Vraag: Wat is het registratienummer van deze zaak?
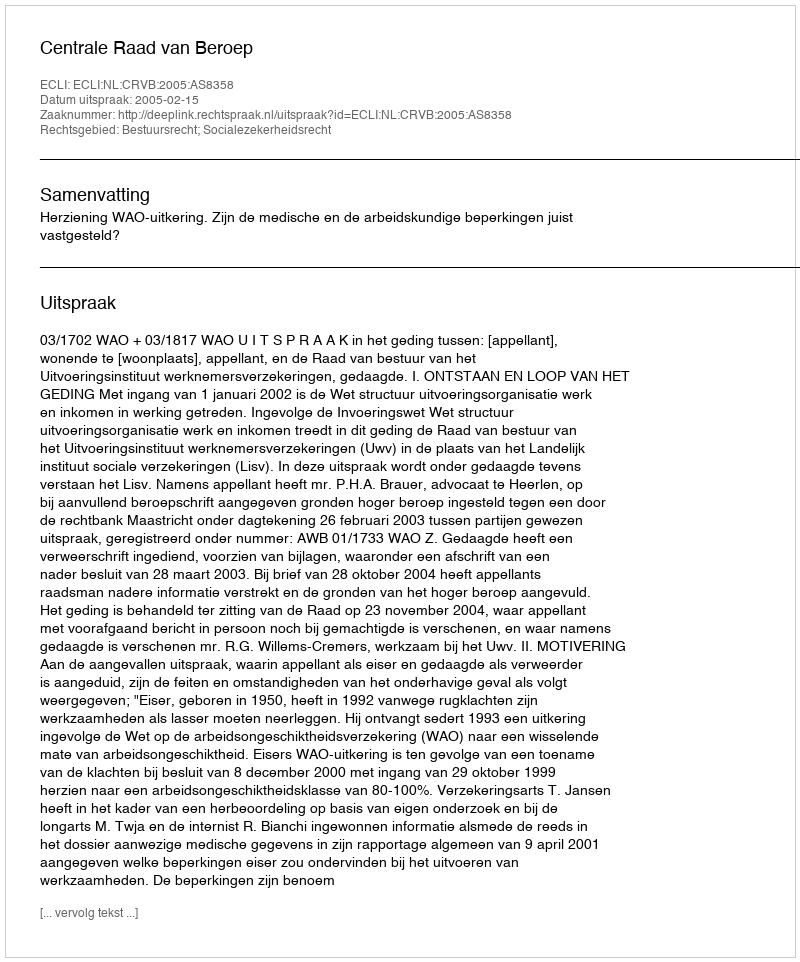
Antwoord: http://deeplink.rechtspraak.nl/uitspraak?id=ECLI:NL:CRVB:2005:AS8358